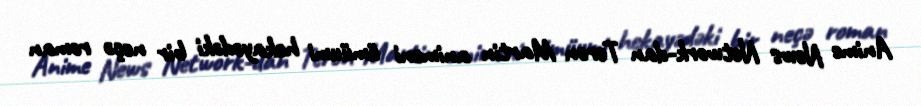
Anime News Network-dan Teron Martin animeni ümüumi hekayədəki bir neçə roman